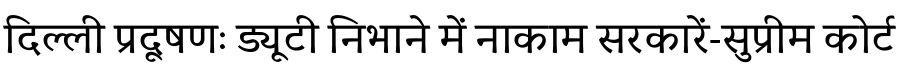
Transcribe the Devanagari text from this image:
दिल्ली प्रदूषणः ड्यूटी निभाने में नाकाम सरकारें-सुप्रीम कोर्ट